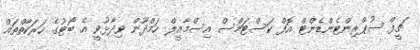
ޗީފް ސުޕްރިންޓެންޑެންޓް އޮފް ކަސްޓަމްސް އިސްމާއީލް ހަމްދޫން ވިދާޅުވީ އެ ބޯޓުގެ ހަރަކާތްތައް